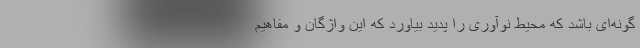
گونه‌ای باشد که محیط نوآوری را پدید بیاورد که این واژگان و مفاهیم